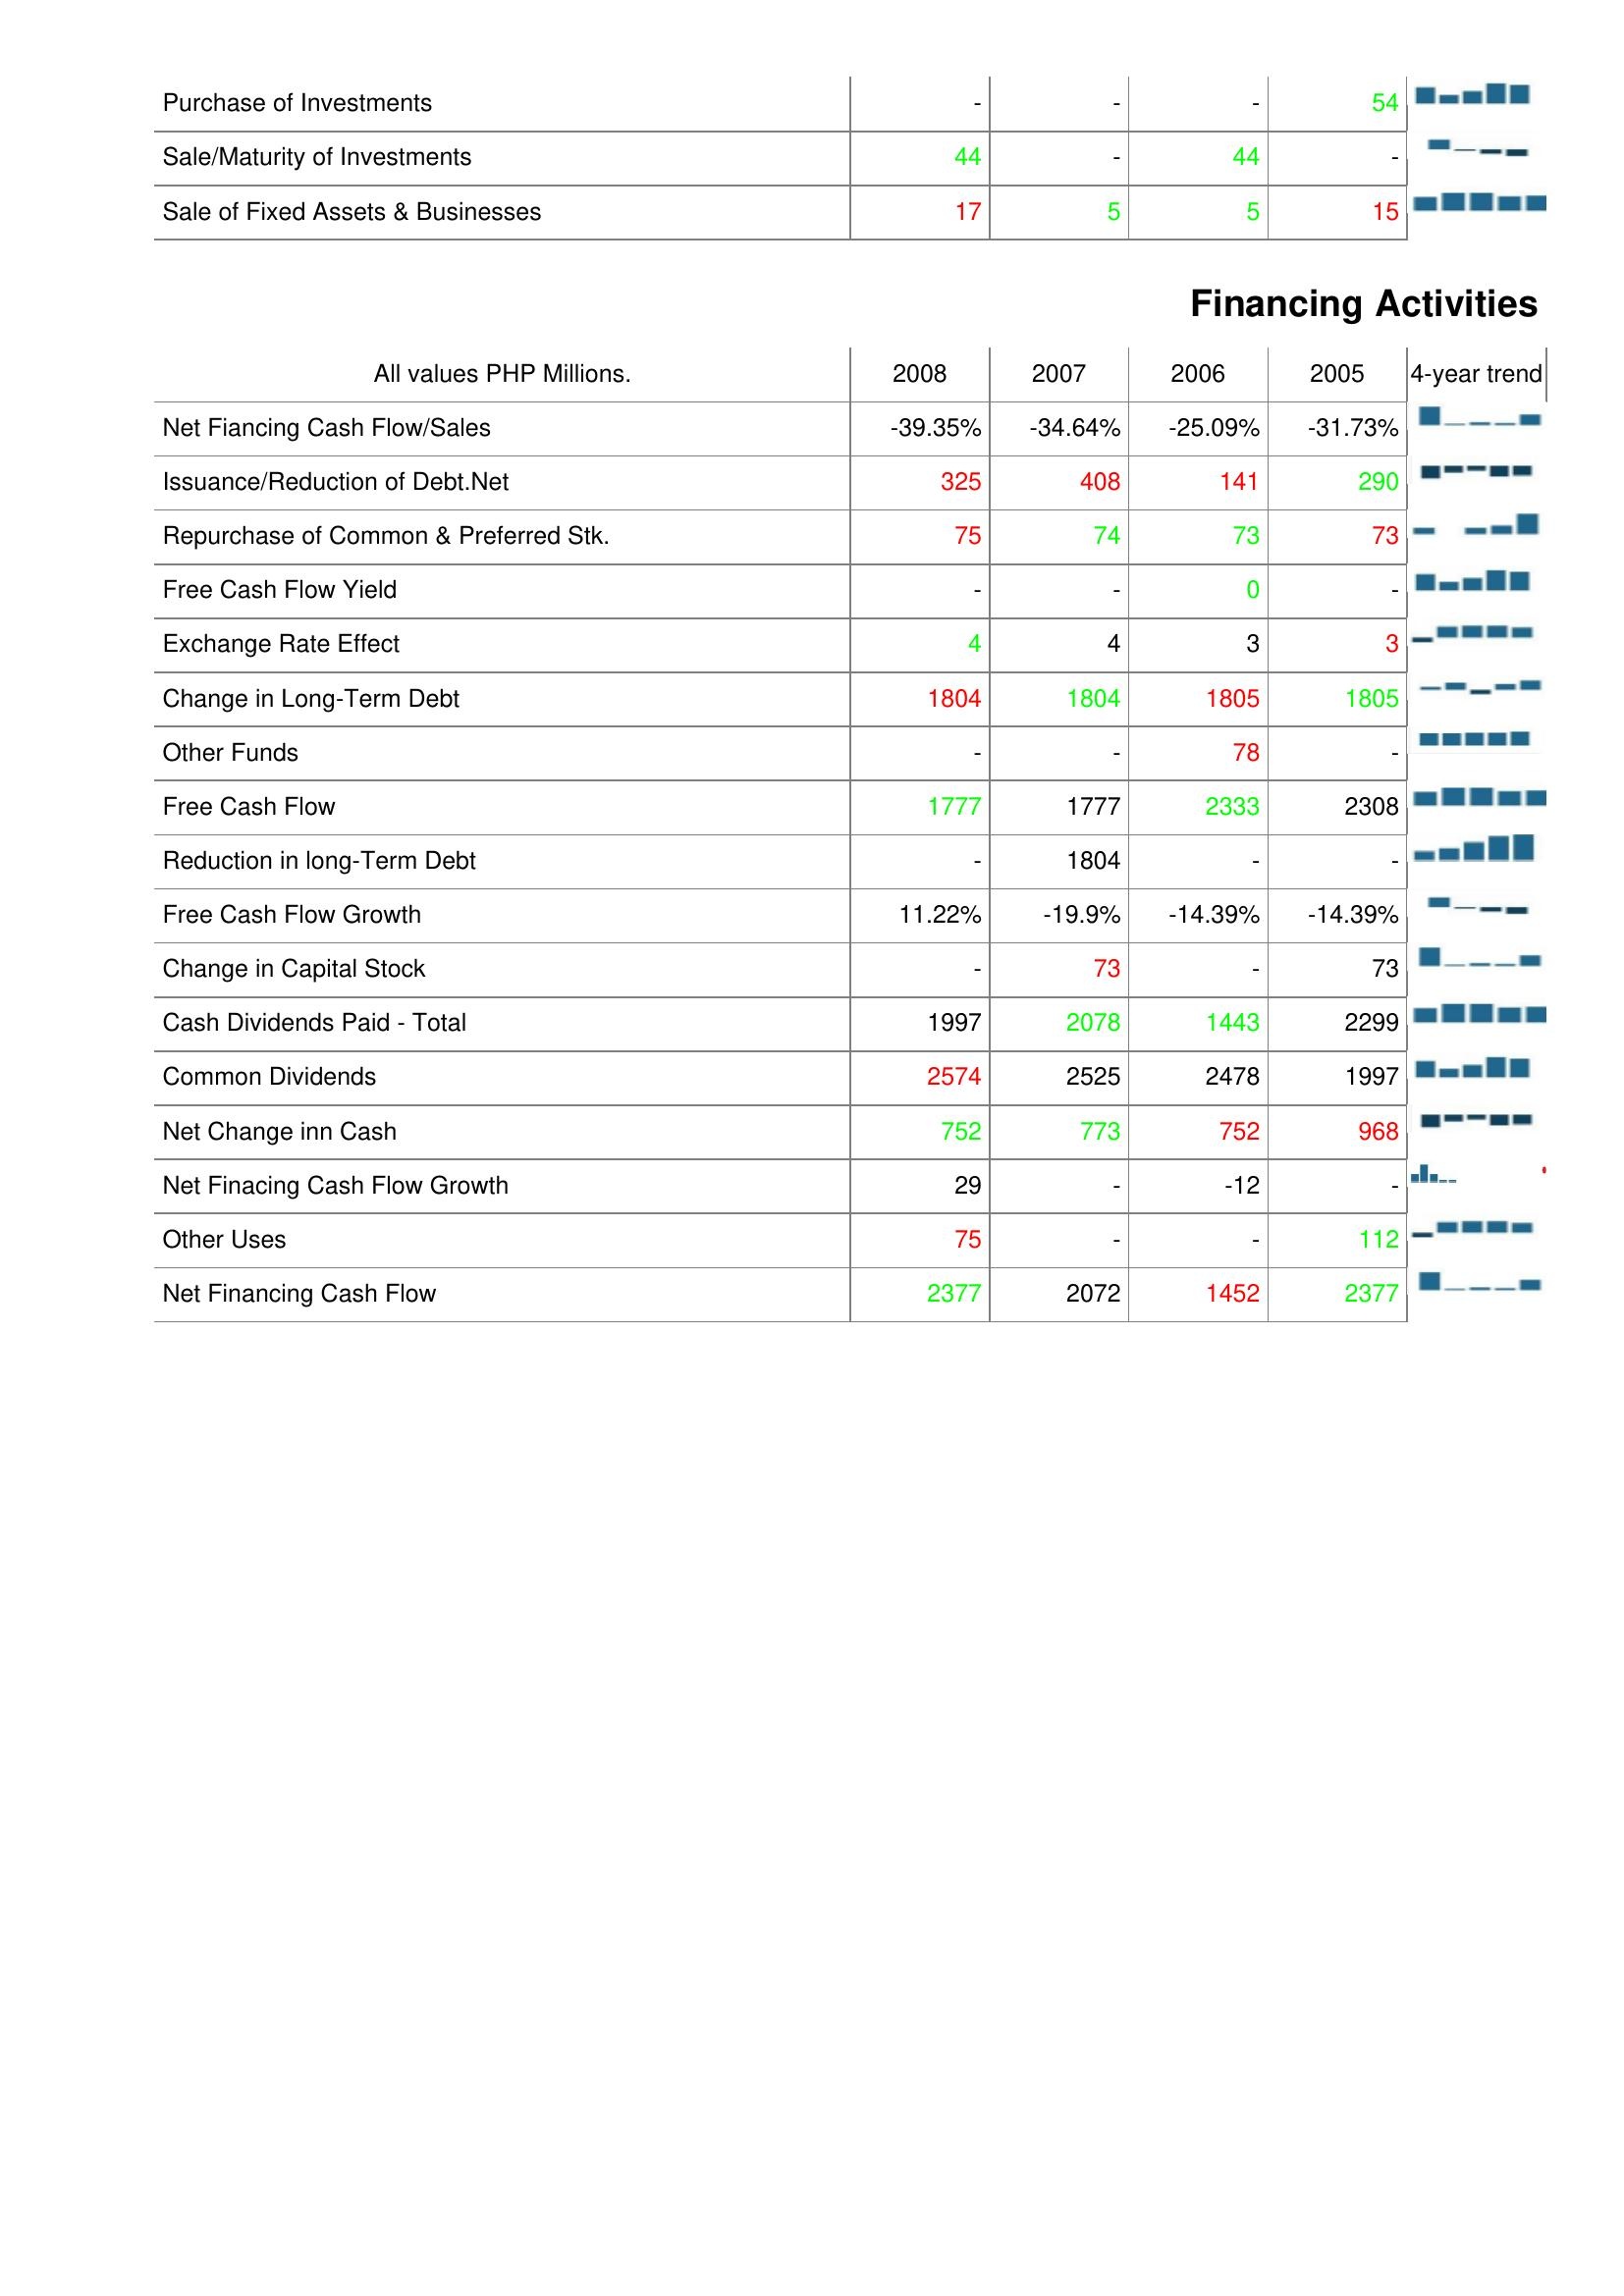
2008: Investing Activities: Purchase of Investments: -
Sale/Maturity of Investments: 44
Sale of Fixed Assets & Businesses: 17
Financing Activities: Net Fiancing Cash Flow/Sales: -39.35%
Issuance/Reduction of Debt.Net: 325
Repurchase of Common & Preferred Stk.: 75
Free Cash Flow Yield: -
Exchange Rate Effect: 4
Change in Long-Term Debt: 1804
Other Funds: -
Free Cash Flow: 1777
Reduction in long-Term Debt: -
Free Cash Flow Growth: 11.22%
Change in Capital Stock: -
Cash Dividends Paid - Total: 1997
Common Dividends: 2574
Net Change inn Cash: 752
Net Finacing Cash Flow Growth: 29
Other Uses: 75
Net Financing Cash Flow: 2377
2007: Investing Activities: Purchase of Investments: -
Sale/Maturity of Investments: -
Sale of Fixed Assets & Businesses: 5
Financing Activities: Net Fiancing Cash Flow/Sales: -34.64%
Issuance/Reduction of Debt.Net: 408
Repurchase of Common & Preferred Stk.: 74
Free Cash Flow Yield: -
Exchange Rate Effect: 4
Change in Long-Term Debt: 1804
Other Funds: -
Free Cash Flow: 1777
Reduction in long-Term Debt: 1804
Free Cash Flow Growth: -19.9%
Change in Capital Stock: 73
Cash Dividends Paid - Total: 2078
Common Dividends: 2525
Net Change inn Cash: 773
Net Finacing Cash Flow Growth: -
Other Uses: -
Net Financing Cash Flow: 2072
2006: Investing Activities: Purchase of Investments: -
Sale/Maturity of Investments: 44
Sale of Fixed Assets & Businesses: 5
Financing Activities: Net Fiancing Cash Flow/Sales: -25.09%
Issuance/Reduction of Debt.Net: 141
Repurchase of Common & Preferred Stk.: 73
Free Cash Flow Yield: 0
Exchange Rate Effect: 3
Change in Long-Term Debt: 1805
Other Funds: 78
Free Cash Flow: 2333
Reduction in long-Term Debt: -
Free Cash Flow Growth: -14.39%
Change in Capital Stock: -
Cash Dividends Paid - Total: 1443
Common Dividends: 2478
Net Change inn Cash: 752
Net Finacing Cash Flow Growth: -12
Other Uses: -
Net Financing Cash Flow: 1452
2005: Investing Activities: Purchase of Investments: 54
Sale/Maturity of Investments: -
Sale of Fixed Assets & Businesses: 15
Financing Activities: Net Fiancing Cash Flow/Sales: -31.73%
Issuance/Reduction of Debt.Net: 290
Repurchase of Common & Preferred Stk.: 73
Free Cash Flow Yield: -
Exchange Rate Effect: 3
Change in Long-Term Debt: 1805
Other Funds: -
Free Cash Flow: 2308
Reduction in long-Term Debt: -
Free Cash Flow Growth: -14.39%
Change in Capital Stock: 73
Cash Dividends Paid - Total: 2299
Common Dividends: 1997
Net Change inn Cash: 968
Net Finacing Cash Flow Growth: -
Other Uses: 112
Net Financing Cash Flow: 2377